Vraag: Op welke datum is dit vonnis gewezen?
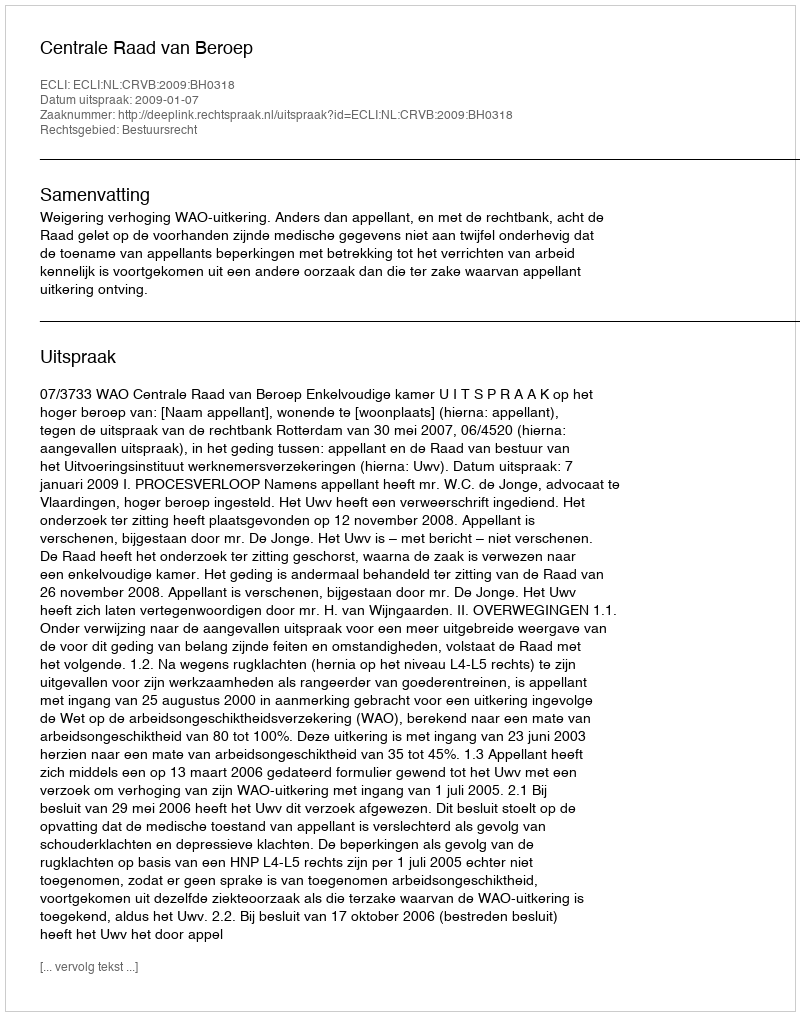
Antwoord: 2009-01-07